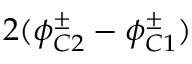
2 ( \phi _ { C 2 } ^ { \pm } - \phi _ { C 1 } ^ { \pm } )